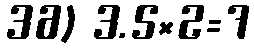
36) 3.5×2=7